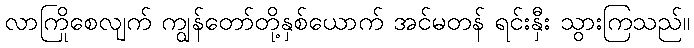
လာကြိုစေလျက် ကျွန်တော်တို့နှစ်ယောက် အင်မတန် ရင်းနှီး သွားကြသည်။